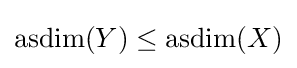
\operatorname {asdim} (Y)\leq \operatorname {asdim} (X)